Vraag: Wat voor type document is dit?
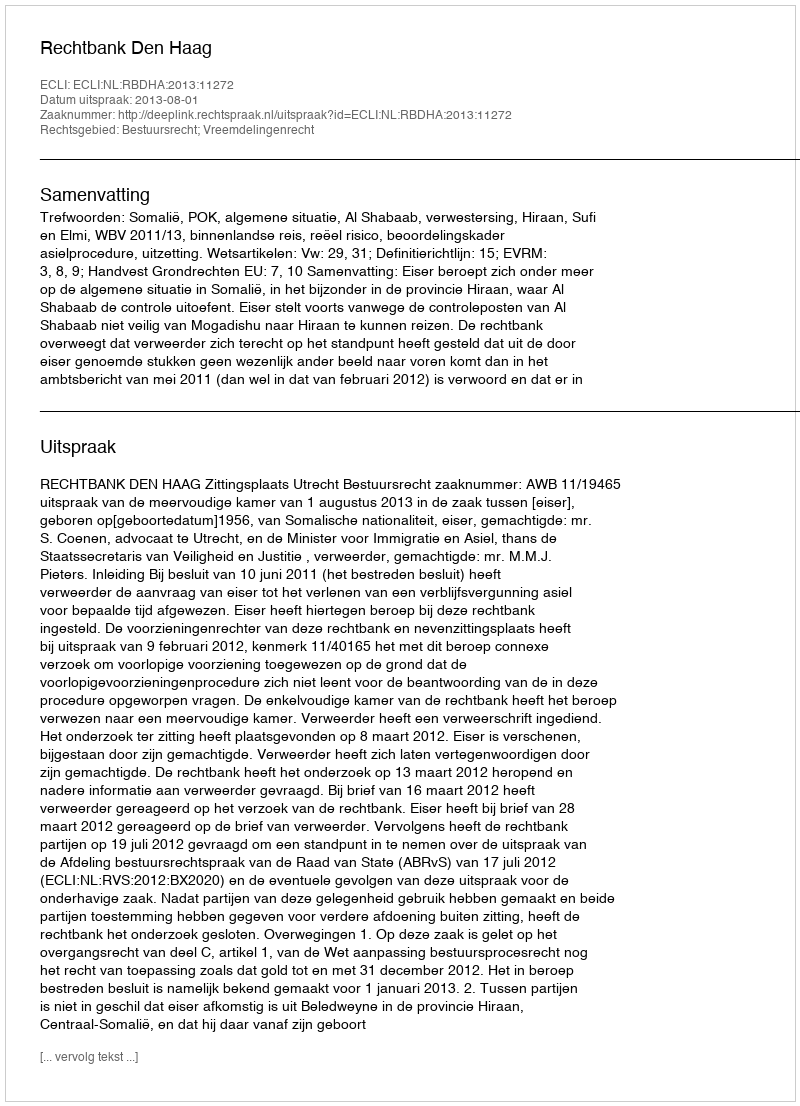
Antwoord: Uitspraak